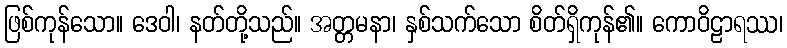
ဖြစ်ကုန်သော။ ဒေဝါ၊ နတ်တို့သည်။ အတ္တမနာ၊ နှစ်သက်သော စိတ်ရှိကုန်၏။ ကောဝိဠာရဿ၊